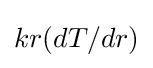
{kr(dT/dr)}